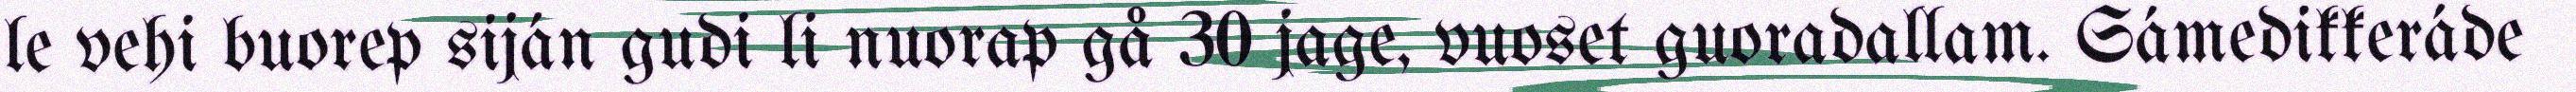
le vehi buorep siján gudi li nuorap gå 30 jage, vuoset guoradallam. Sámedikkeráde